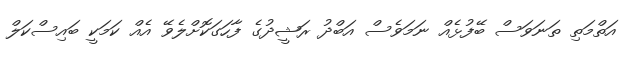
އަތްމަތި ތަނަވަސް ބޭފުޅެއް ނަމަވެސް އަބްދު ރަޝީދުގެ ފާހަގަކޮށްލެވޭ އެއް ކަމަކީ ބައިސްކަލް